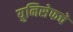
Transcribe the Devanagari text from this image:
युनिसेफचे